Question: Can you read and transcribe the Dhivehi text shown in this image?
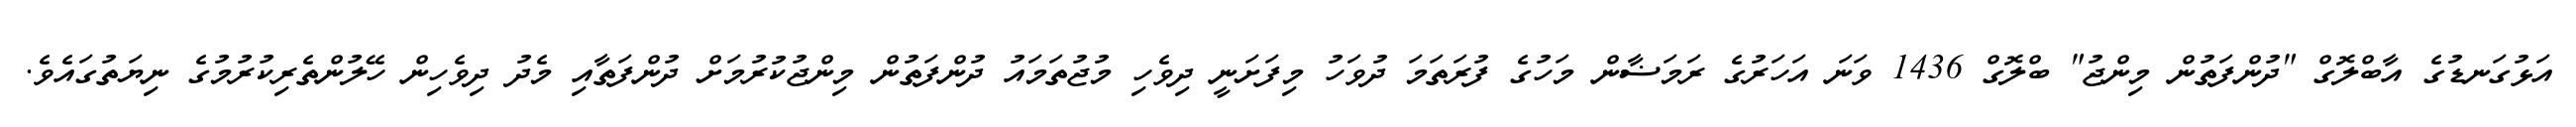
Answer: އަޅުގަނޑުގެ އާބްލޮގް "ދުންފަތުން މިންޖު" ބްލޮގް 1436 ވަނަ އަހަރުގެ ރަމަޟާން މަހުގެ ފުރަތަމަ ދުވަހު މިފަށަނީ ދިވެހި މުޖުތަމައު ދުންފަތުން މިންޖުކުރުމަށް ދުންފަތާއި މެދު ދިވެހިން ހޭލުންތެރިކުރުމުގެ ނިޔަތުގައެވެ.